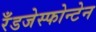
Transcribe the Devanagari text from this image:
रँडजेस्फोन्टेन